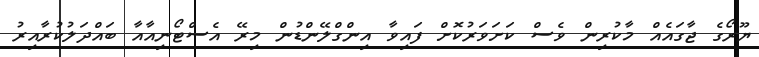
ޔޫރޯގެ ޖާގައެއް މާކުރިން ވެސް ކަށަވަރުކޮށް ފައިވާ އިންގްލޭންޑުން މިރޭ އެސްޓޯނިއާއާ ބައްދަލުކުރާއިރު